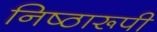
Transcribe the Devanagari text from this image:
निष्ठारूपी